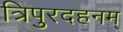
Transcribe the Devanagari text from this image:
त्रिपुरदहनम्